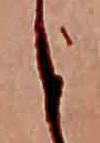
と